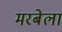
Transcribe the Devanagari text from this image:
मरबेला